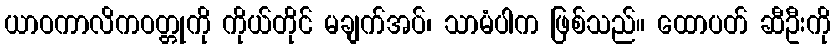
ယာဝကာလိကဝတ္တုကို ကိုယ်တိုင် မချက်အပ်၊ သာမံပါက ဖြစ်သည်။ ထောပတ် ဆီဦးကို